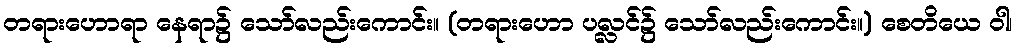
တရားဟောရာ နေရာ၌ သော်လည်းကောင်း။ (တရားဟော ပလ္လင်၌ သော်လည်းကောင်း။) စေတိယေ ဝါ၊